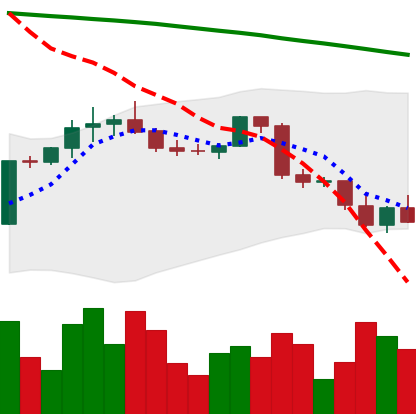
Ticker: BTC-USD
Chart end date: 2022-02-23
Forward return: 15.81%
Label: up_7plus